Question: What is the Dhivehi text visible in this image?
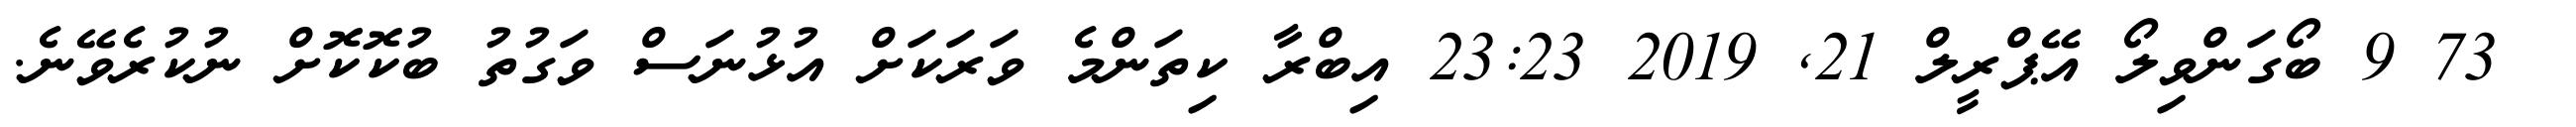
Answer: ? 73 9 ބޯގަންވިލޯ އޭޕްރީލް 21, 2019 23:23 އިބްރާ ކިތަންމެ ވަރަކަށް އުޅުނަސް ވަގުތު ބުކޮކޮށް ނުކުރެވޭނެ.